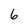
Character: 6